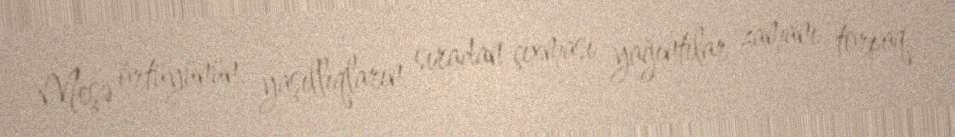
Meşə örtüyünün, yaşıllıqların sıradan çıxması yağıntılar zamanı torpaq